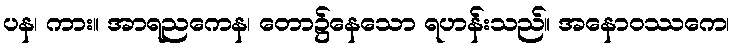
ပန၊ ကား။ အာရညကေန၊ တော၌နေသော ရဟန်းသည်။ အနောဝဿကေ၊